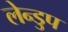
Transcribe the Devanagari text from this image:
लेन्डुप